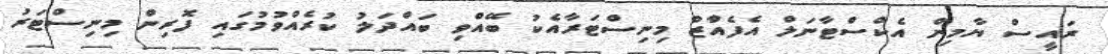
ރައީސް ޔާމިން އެކްސްޓާނަލް އެފެއްާޒް މިނިސްޓަރާއެކު ބޭއްވި ބައްދަލު ކުރެއްވުމުގައި ފޮރިން މިނިސްޓަރު